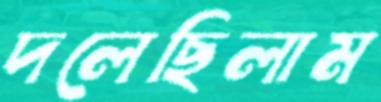
দলেছিলাম